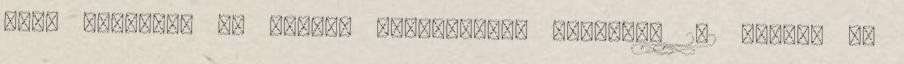
kell tartania az alábbi előírásokat fejezet, 2.2 pontja az